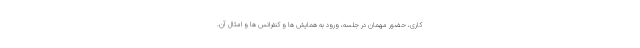
کاری، حضور مهمان در جلسه، ورود به همایش ها و کنفرانس ها و امثال آن.